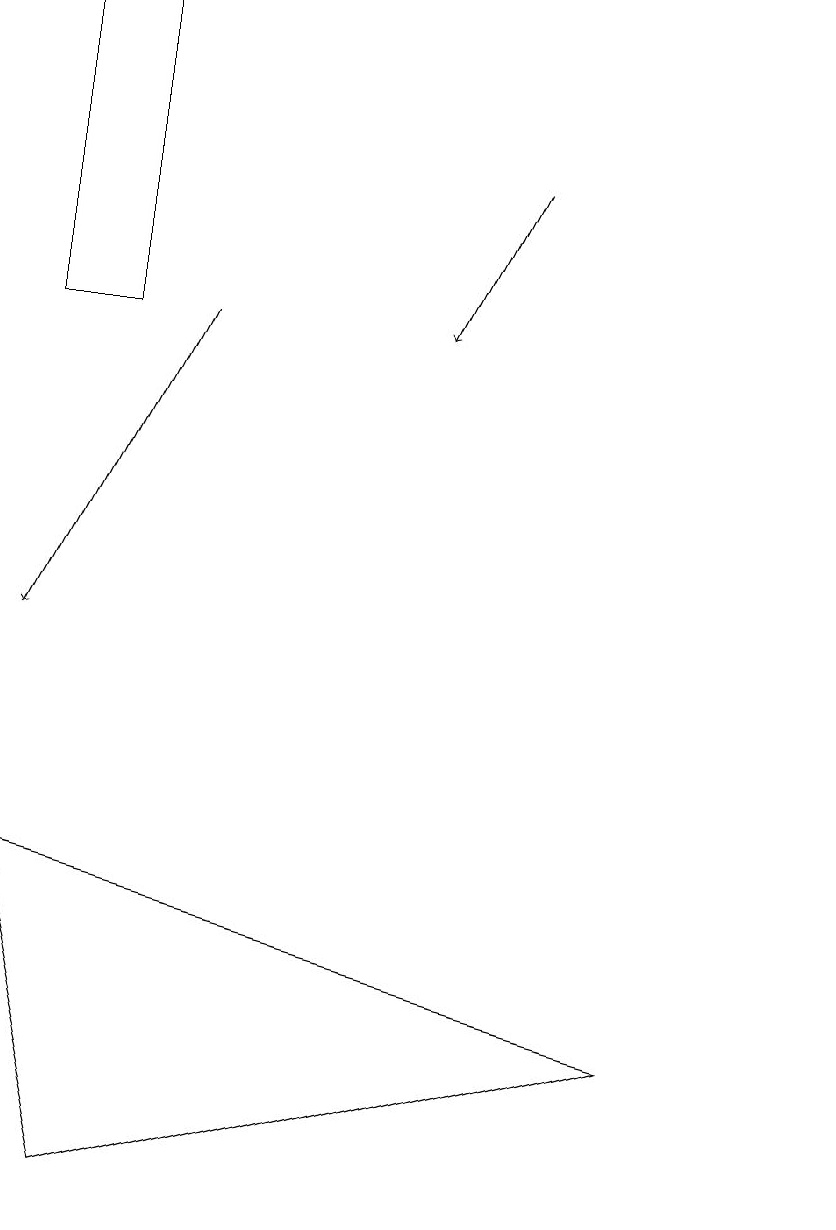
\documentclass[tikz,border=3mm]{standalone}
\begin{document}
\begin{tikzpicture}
\draw (1,19) rectangle (2,15);
\draw (9,6) -- (2,4) -- (1,8) -- cycle;
\draw (11,12) circle (0);
\draw[->] (7,17) -- (6,15);
\draw[->] (3,15) -- (1,11);
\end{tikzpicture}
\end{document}